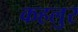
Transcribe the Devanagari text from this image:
कहलुर